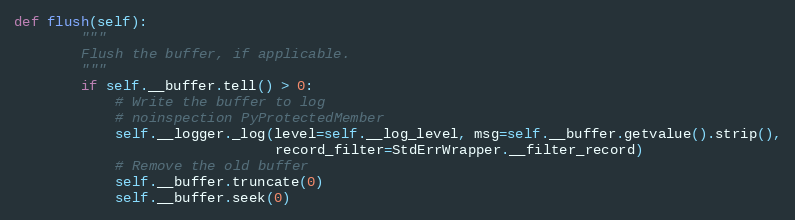
Language: Python
def flush(self):
        """
        Flush the buffer, if applicable.
        """
        if self.__buffer.tell() > 0:
            # Write the buffer to log
            # noinspection PyProtectedMember
            self.__logger._log(level=self.__log_level, msg=self.__buffer.getvalue().strip(),
                               record_filter=StdErrWrapper.__filter_record)
            # Remove the old buffer
            self.__buffer.truncate(0)
            self.__buffer.seek(0)